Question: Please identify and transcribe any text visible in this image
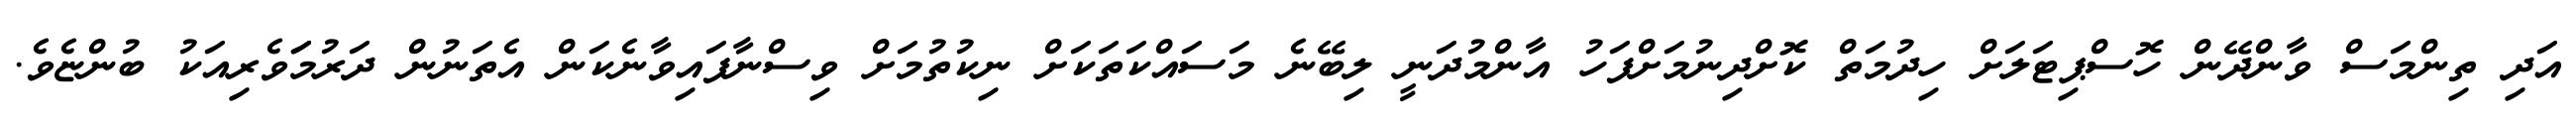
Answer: އަދި ތިންމަސް ވާންދޭން ހޮސްޕިޓަލަށް ހިދުމަތް ކޮށްދިނުމަށްފަހު އާންމުދަނީ ލިބޭނެ މަސައްކަތަކަށް ނިކުތުމަށް ވިސްނާފައިވާނެކަން އެތަނުން ދަރުމަަވެރިއަކު ބުންޏެވެ.